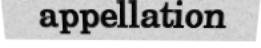
appellation